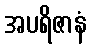
အပရိဇာနံ